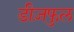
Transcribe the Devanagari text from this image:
डीज़फुल